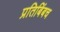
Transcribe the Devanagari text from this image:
प्रतिबिंबच